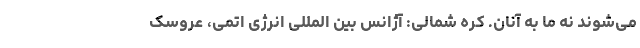
می‌شوند نه ما به آنان. کره شمالی: آژانس بین المللی انرژی اتمی، عروسک